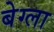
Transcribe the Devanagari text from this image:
बेग्ला